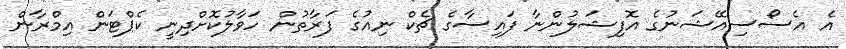
އެ އެސޯސިއޭޝަނުގެ އޮފިޝަލުންނާ ފައިސާގެ ޗެކް ނިއުގެ ފަރާތުން ހަވާލުކޮށްދިނީ ކެޕްޓަން އިމްރާން